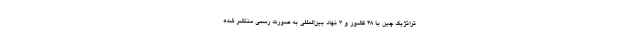
تراتژیک چین با 48 کشور و 3 نهاد بین‌المللی به صورت رسمی منتشر شده